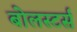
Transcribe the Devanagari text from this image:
बोलस्टर्स